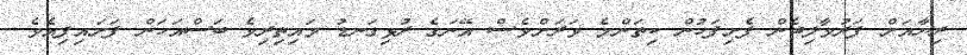
ރިޔާއަށް ފަރުވާލިބެން ފެށިފަހުން ކިތަންމެ ވަރަށްވެސް އޭނަގެ ރުޅިގަނޑު މައިތިރިވެ ބަސްއަހަން ފަށައިފިއެވެ.